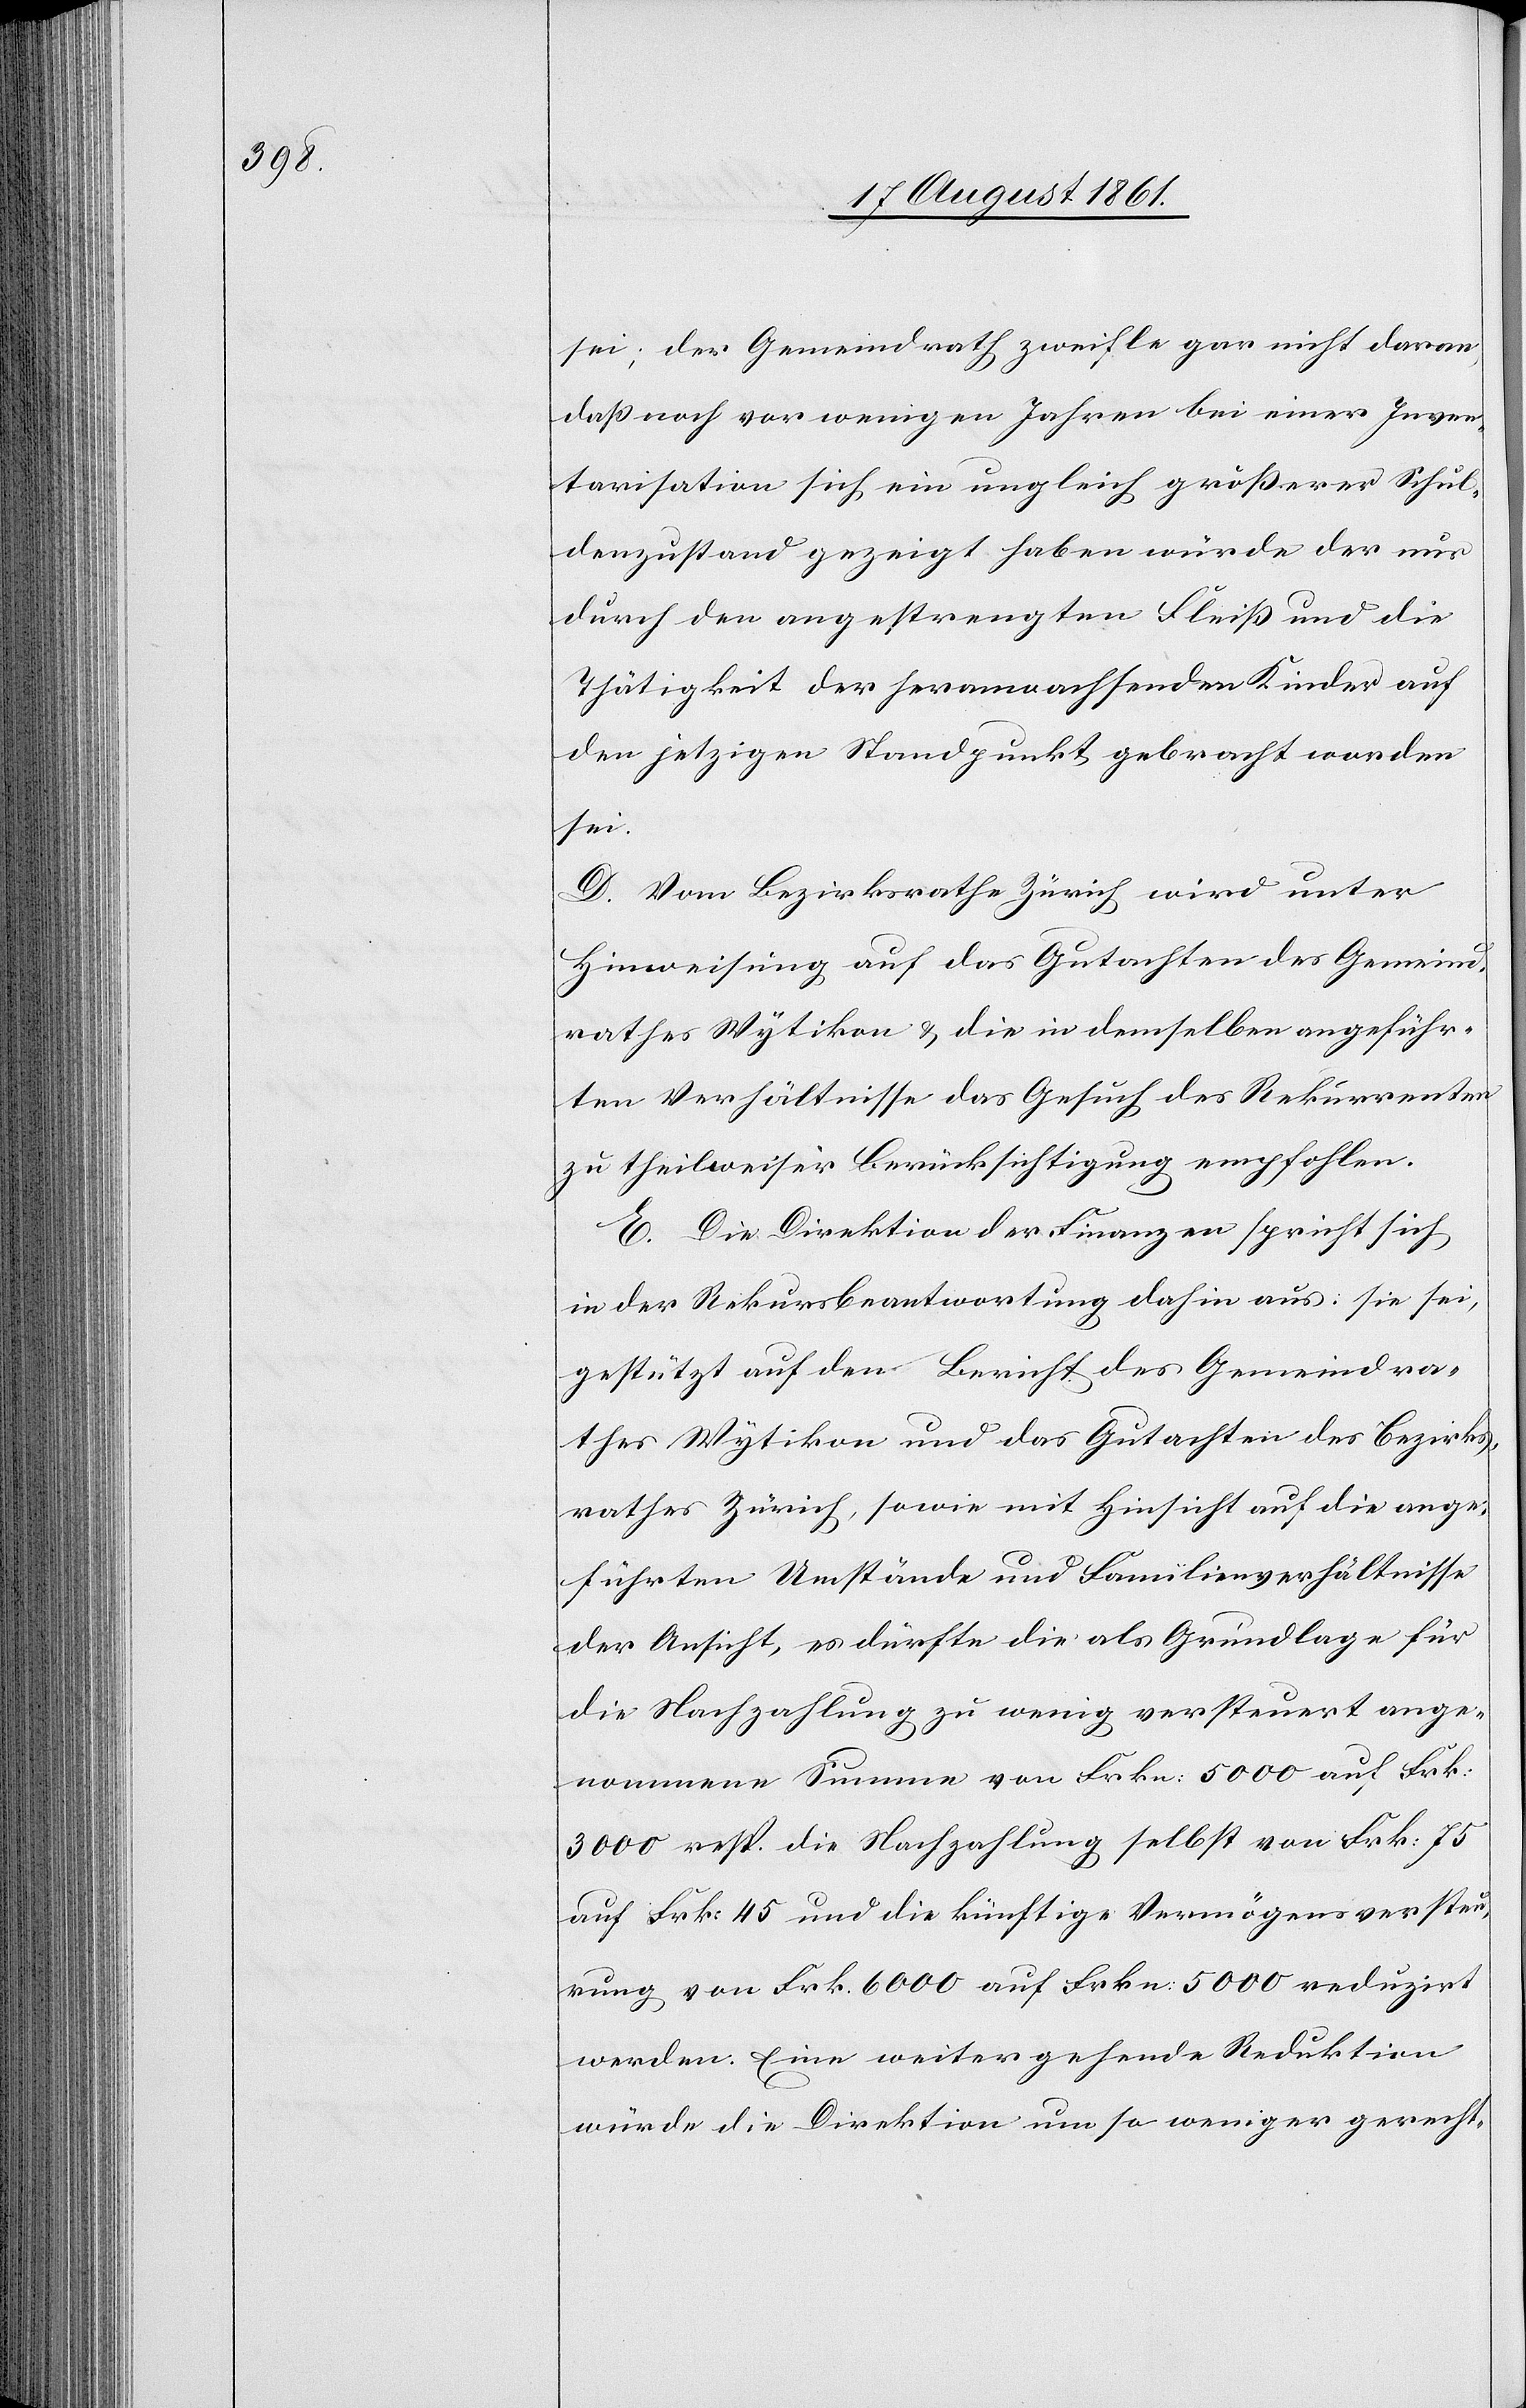
sei; der Gemeindrath zweifle gar nicht daran,
daß noch vor wenigen Jahren bei einer Inven¬
tarisation sich ein ungleich größerer Schul¬
denzustand gezeigt haben würde der nur
durch den angestrengten Fleiß und die
Thätigkeit der heranwachsenden Kinder auf
den jetzigen Standpunkt gebracht worden
sei.
D. Vom Bezirksrathe Zürich wird unter
Hinweisung auf das Gutachten des Gemeind¬
rathes Wytikon u. die in demselben angeführ¬
ten Verhältnisse das Gesuch des Rekurrenten
zu theilweiser Berücksichtigung empfohlen.
E. Die Direktion der Finanzen spricht sich
in der Rekursbeantwortung dahin aus: sie sei,
gestützt auf den Bericht des Gemeindra¬
thes Wytikon und das Gutachten des Bezirks¬
rathes Zürich, sowie mit Hinsicht auf die ange¬
führten Umstände und Familienverhältnisse
der Ansicht, es dürfte die als Grundlage für
die Nachzahlung zu wenig versteuert ange¬
nommene Summe von Frkn. 5000 auf Frk.
3000 resp. die Nachzahlung selbst von Frk. 75
auf Frk. 45 und die künftige Vermögensversteu¬
rung von Frk. 6000 auf Frkn. 5000 reduzirt
werden. Eine weitergehende Reduktion
würde die Direktion um so weniger gerecht-